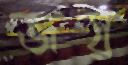
জয়